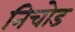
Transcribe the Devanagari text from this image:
निचोड